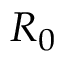
R _ { 0 }